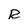
Character: R